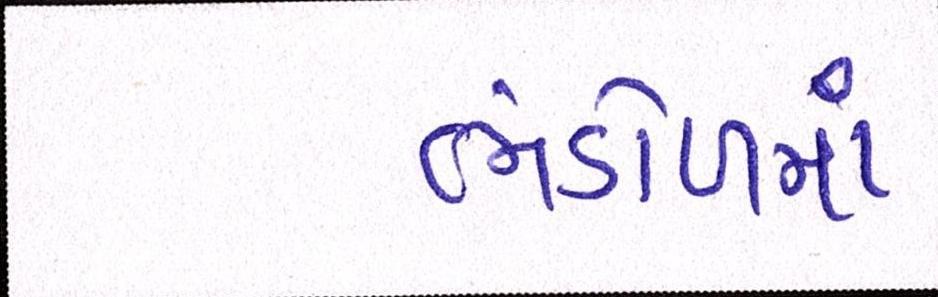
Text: ભંડોળમાં